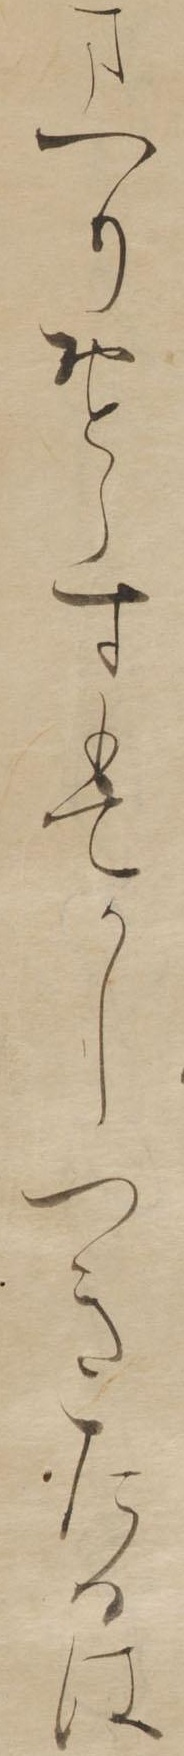
まへりおとらすもてかしつきたるは